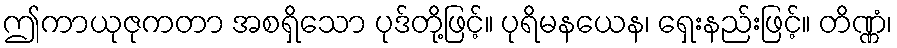
ဤကာယုဇုကတာ အစရှိသော ပုဒ်တို့ဖြင့်။ ပုရိမနယေန၊ ရှေးနည်းဖြင့်။ တိဏ္ဏံ၊